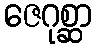
ဇေဂုစ္ဆာ